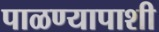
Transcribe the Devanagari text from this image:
पाळण्यापाशी